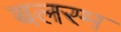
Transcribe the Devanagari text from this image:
बलरम